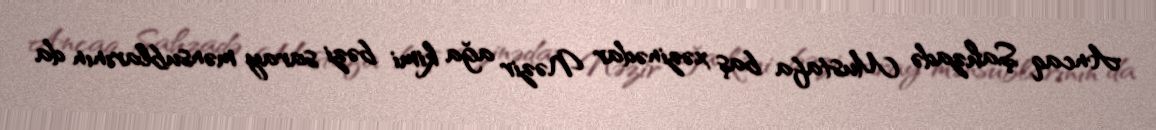
Ancaq Şahzadə Mustafa baş xəzinədar Nəzir ağa kimi bəzi saray mənsublarının da